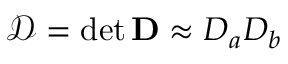
\mathcal { D } = \operatorname* { d e t } { \mathbf { D } } \approx D _ { a } D _ { b }